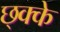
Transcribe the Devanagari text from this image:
छ्क्के